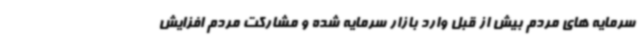
سرمایه های مردم بیش از قبل وارد بازار سرمایه شده و مشارکت مردم افزایش